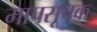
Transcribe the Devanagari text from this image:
मापसूचक